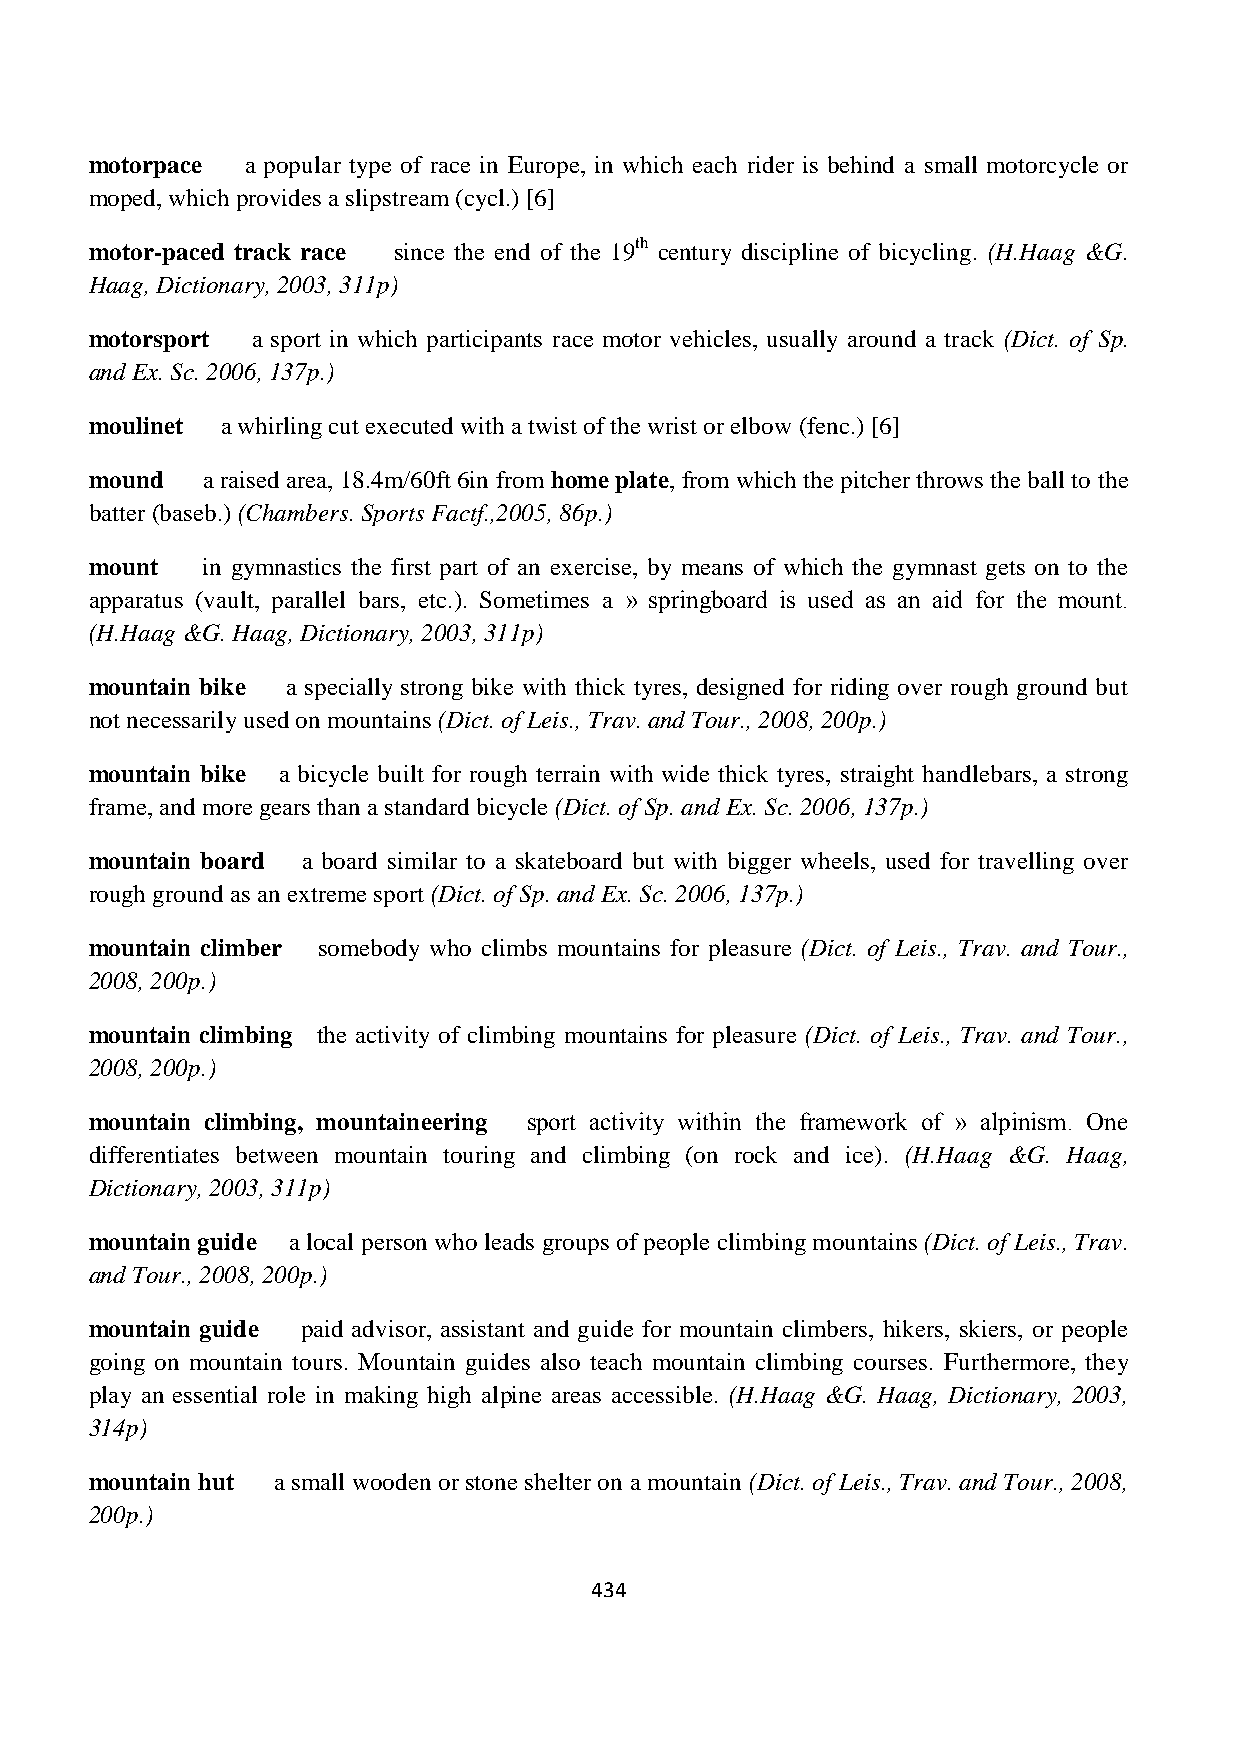
motorpace a popular type of race in Europe, in which each rider is behind a small motorcycle or
 moped, which provides a slipstream (cycl.) [6]
 motor-paced track race since the end of the 19th century discipline of bicycling. (H.Haag &G.
 Haag, Dictionary, 2003, 311p)
 motorsport a sport in which participants race motor vehicles, usually around a track (Dict. of Sp.
 and Ex. Sc. 2006, 137p.)
 moulinet a whirling cut executed with a twist of the wrist or elbow (fenc.) [6]
 mound  a raised area, 18.4m/60ft 6in from home plate, from which the pitcher throws the ball to the
 batter (baseb.) (Chambers. Sports Factf.,2005, 86p.)
 mount  in gymnastics the first part of an exercise, by means of which the gymnast gets on to the
 apparatus (vault, parallel bars, etc.). Sometimes a » springboard is used as an aid for the mount.
 (H.Haag &G. Haag, Dictionary, 2003, 311p)
 mountain bike a specially strong bike with thick tyres, designed for riding over rough ground but
 not necessarily used on mountains (Dict. of Leis., Trav. and Tour., 2008, 200p.)
 mountain bike a bicycle built for rough terrain with wide thick tyres, straight handlebars, a strong
 frame, and more gears than a standard bicycle (Dict. of Sp. and Ex. Sc. 2006, 137p.)
 mountain board a board similar to a skateboard but with bigger wheels, used for travelling over
 rough ground as an extreme sport (Dict. of Sp. and Ex. Sc. 2006, 137p.)
 mountain climber somebody who climbs mountains for pleasure (Dict. of Leis., Trav. and Tour.,
 2008, 200p.)
 mountain climbing the activity of climbing mountains for pleasure (Dict. of Leis., Trav. and Tour.,
 2008, 200p.)
 mountain climbing, mountaineering sport activity within the framework of » alpinism. One
 differentiates between mountain touring and climbing (on rock and ice). (H.Haag &G. Haag,
 Dictionary, 2003, 311p)
 mountain guide a local person who leads groups of people climbing mountains (Dict. of Leis., Trav.
 and Tour., 2008, 200p.)
 mountain guide paid advisor, assistant and guide for mountain climbers, hikers, skiers, or people
 going on mountain tours. Mountain guides also teach mountain climbing courses. Furthermore, they
 play an essential role in making high alpine areas accessible. (H.Haag &G. Haag, Dictionary, 2003,
 314p)
 mountain hut a small wooden or stone shelter on a mountain (Dict. of Leis., Trav. and Tour., 2008,
 200p.)
 434